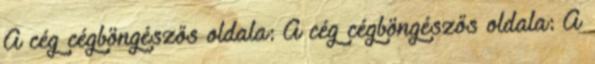
A cég cégböngészős oldala: A cég cégböngészős oldala: A